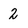
Character: 2